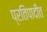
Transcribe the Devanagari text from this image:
प्रतिपादीत